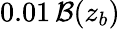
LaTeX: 0.01\, \mathcal{B}(z_{b})